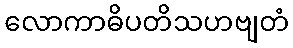
လောကာဓိပတိသဟဗျတံ